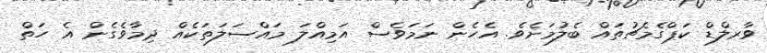
ވާރލްޑް ކަޕްގެމެޗުތައް ބެލުމަށެވެ. އެހެން ނަމަވެސް އަމިއްލަ މައްސަލަތަކެއް ދިމާވެގެން އެ ހަތް